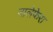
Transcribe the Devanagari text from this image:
नालेफेरा